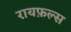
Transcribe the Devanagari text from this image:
रायफ़ल्स